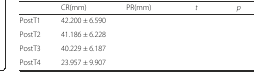
<table><thead><tr><td>[EMPTY_CELL]</td><td><b>CR(mm)</b></td><td><b>PR(mm)</b></td><td><b><i>t</i></b></td><td><b><i>p</i></b></td></tr></thead><tbody><tr><td>PostT1</td><td>42.200 ± 6.590</td><td>[EMPTY_CELL]</td><td>[EMPTY_CELL]</td><td>[EMPTY_CELL]</td></tr><tr><td>PostT2</td><td>41.186 ± 6.228</td><td>[EMPTY_CELL]</td><td>[EMPTY_CELL]</td><td>[EMPTY_CELL]</td></tr><tr><td>PostT3</td><td>40.229 ± 6.187</td><td>[EMPTY_CELL]</td><td>[EMPTY_CELL]</td><td>[EMPTY_CELL]</td></tr><tr><td>PostT4</td><td>23.957 ± 9.907</td><td>[EMPTY_CELL]</td><td>[EMPTY_CELL]</td><td>[EMPTY_CELL]</td></tr></tbody></table>